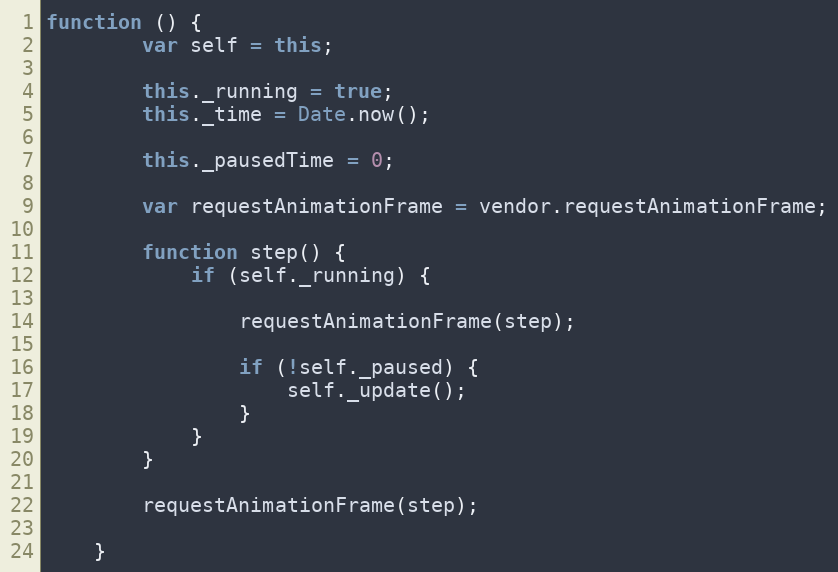
Language: JavaScript
function () {
        var self = this;

        this._running = true;
        this._time = Date.now();

        this._pausedTime = 0;

        var requestAnimationFrame = vendor.requestAnimationFrame;

        function step() {
            if (self._running) {

                requestAnimationFrame(step);

                if (!self._paused) {
                    self._update();
                }
            }
        }

        requestAnimationFrame(step);

    }